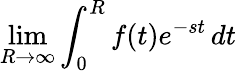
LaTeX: \operatorname*{lim}_{R\to\infty}\int_{0}^{R}f(t)e^{-st}\, dt